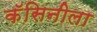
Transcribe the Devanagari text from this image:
कॅसिनीला